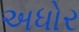
અધોર